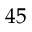
4 5